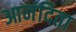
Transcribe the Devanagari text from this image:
आनंदिता